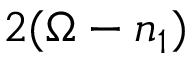
2 ( \Omega - n _ { 1 } )